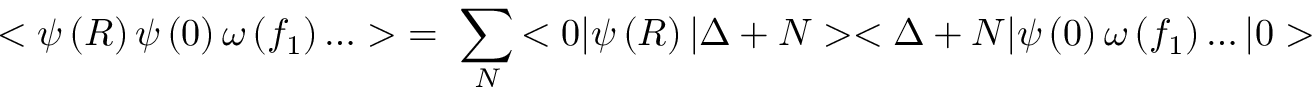
< \psi \left( R \right) \psi \left( 0 \right) \omega \left( f _ { 1 } \right) \ldots > ~ = ~ \sum _ { N } { < 0 | \psi \left( R \right) | \Delta + N > < \Delta + N | \psi \left( 0 \right) \omega \left( f _ { 1 } \right) \ldots | 0 > }